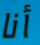
أنا